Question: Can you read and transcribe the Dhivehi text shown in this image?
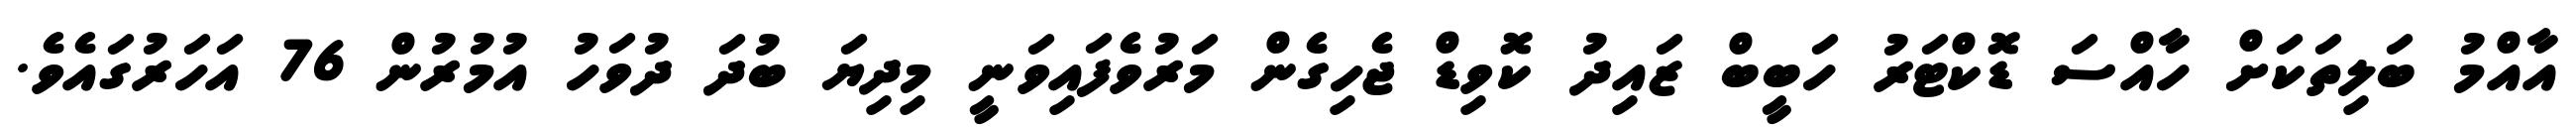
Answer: އާއްމު ބަލިތަކަށް ހާއްސަ ޑޮކްޓަރު ހަބީބް ޒައިދު ކޮވިޑް ޖެހިގެން މަރުވެފައިވަނީ މިދިޔަ ބުދަ ދުވަހު އުމުރުން 76 އަހަރުގައެވެ.